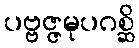
ပဗ္ဗဇ္ဇမုပဂစ္ဆိ